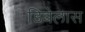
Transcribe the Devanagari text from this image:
डिबेलास